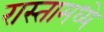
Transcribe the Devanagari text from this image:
रास्तामध्ये